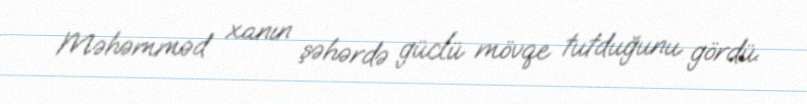
Məhəmməd xanın şəhərdə güclü mövqe tutduğunu gördü.